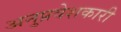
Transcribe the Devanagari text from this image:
अनुप्रवेशकारी